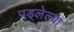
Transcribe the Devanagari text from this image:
पड्लेल्या